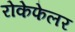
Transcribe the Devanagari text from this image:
रोकेफेलर